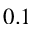
0 . 1